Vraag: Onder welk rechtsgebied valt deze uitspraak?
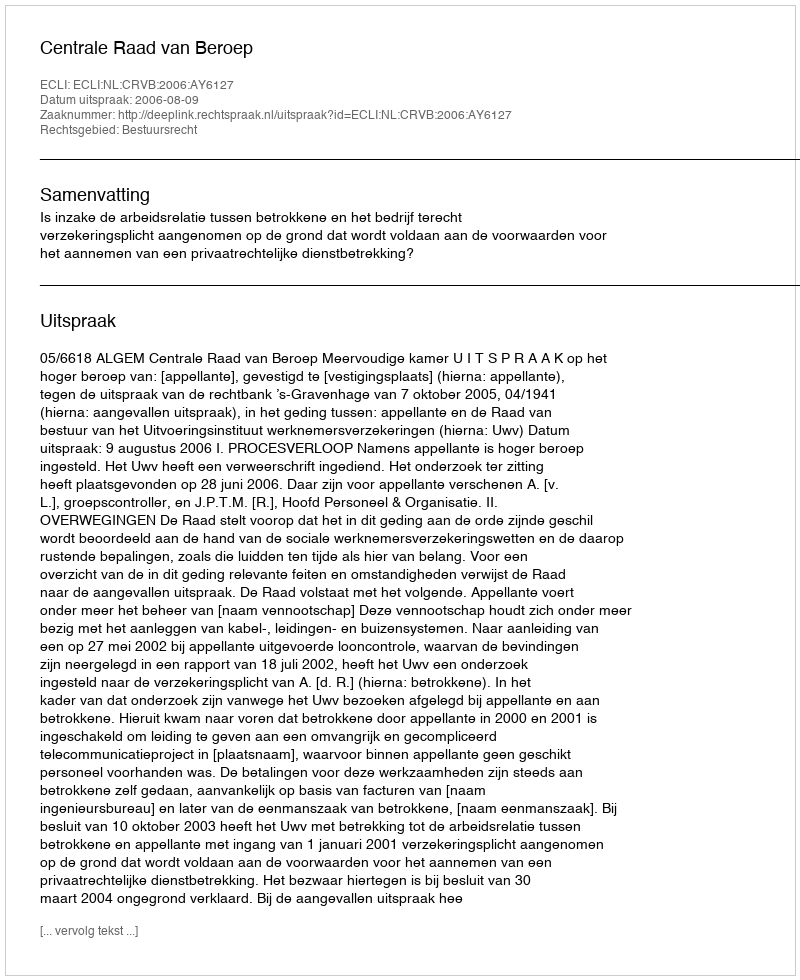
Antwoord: Bestuursrecht